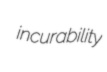
incurability